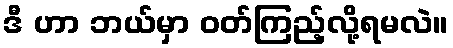
ဒီ ဟာ ဘယ်မှာ ဝတ်ကြည့်လို့ရမလဲ။